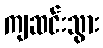
ကျဆင်းသွား